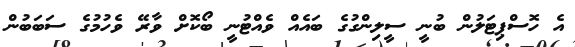
އެ ހޮސްޕިޓަލުން ބުނީ ސީލިންގުގެ ބައެއް ވެއްޓުނީ ބޯކޮށް ވާރޭ ވެހުމުގެ ސަބަބުން